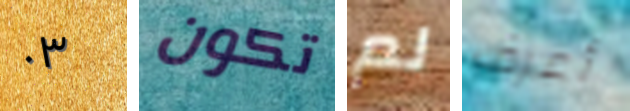
٠٣ تكون لم أعرف